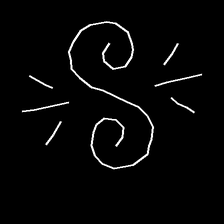
Glyph: wind-directs-air